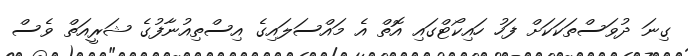
ގިނަ ދުވަސްތަކަކަށް ފަހު ހައިކޯޓްގައި އޮތް އެ މައްސަލައިގެ އިސްތިއުނާފުގެ ޝަރީއަތް ވެސް